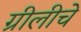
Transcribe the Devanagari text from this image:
ग्रीलीचे